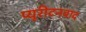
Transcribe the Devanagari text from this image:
प्यूरीटनवाद